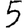
Digit: 5